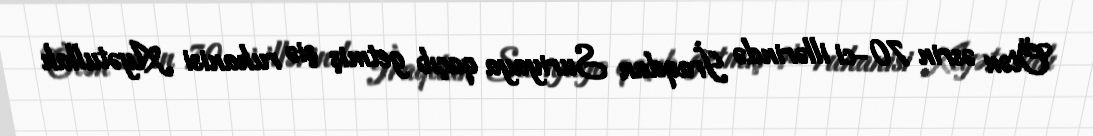
Ötən əsrin 70-ci illərində İraqdan Suriyaya qaçıb getmiş şiə ruhanisi Ayətullah